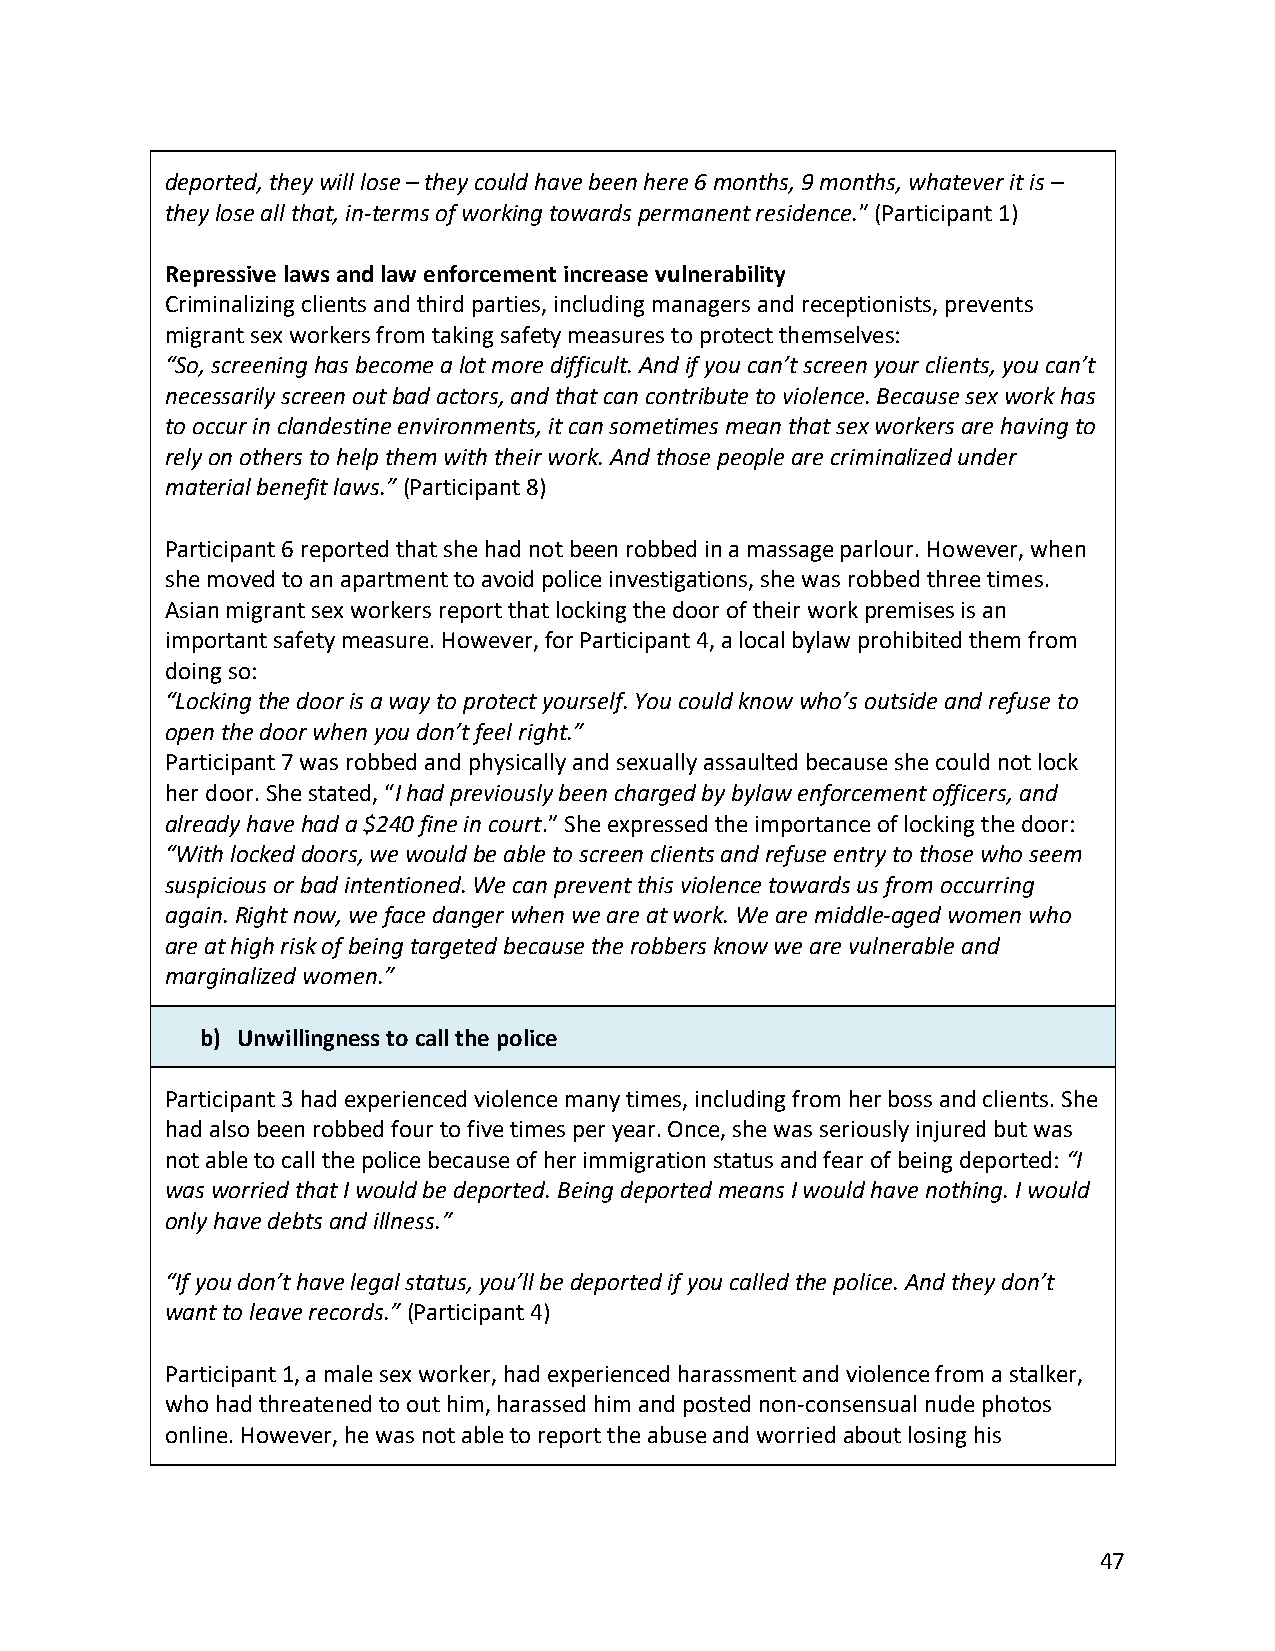
deported, they will lose – they could have been here 6 months, 9 months, whatever it is –
 they lose all that, in-terms of working towards permanent residence.” (Participant 1)
 Repressive laws and law enforcement increase vulnerability
 Criminalizing clients and third parties, including managers and receptionists, prevents
 migrant sex workers from taking safety measures to protect themselves:
 “So, screening has become a lot more difficult. And if you can’t screen your clients, you can’t
 necessarily screen out bad actors, and that can contribute to violence. Because sex work has
 to occur in clandestine environments, it can sometimes mean that sex workers are having to
 rely on others to help them with their work. And those people are criminalized under
 material benefit laws.” (Participant 8)
 Participant 6 reported that she had not been robbed in a massage parlour. However, when
 she moved to an apartment to avoid police investigations, she was robbed three times.
 Asian migrant sex workers report that locking the door of their work premises is an
 important safety measure. However, for Participant 4, a local bylaw prohibited them from
 doing so:
 “Locking the door is a way to protect yourself. You could know who’s outside and refuse to
 open the door when you don’t feel right.”
 Participant 7 was robbed and physically and sexually assaulted because she could not lock
 her door. She stated, “I had previously been charged by bylaw enforcement officers, and
 already have had a $240 fine in court.” She expressed the importance of locking the door:
 “With locked doors, we would be able to screen clients and refuse entry to those who seem
 suspicious or bad intentioned. We can prevent this violence towards us from occurring
 again. Right now, we face danger when we are at work. We are middle-aged women who
 are at high risk of being targeted because the robbers know we are vulnerable and
 marginalized women.”
 b) Unwillingness to call the police
 Participant 3 had experienced violence many times, including from her boss and clients. She
 had also been robbed four to five times per year. Once, she was seriously injured but was
 not able to call the police because of her immigration status and fear of being deported: “I
 was worried that I would be deported. Being deported means I would have nothing. I would
 only have debts and illness.”
 “If you don’t have legal status, you’ll be deported if you called the police. And they don’t
 want to leave records.” (Participant 4)
 Participant 1, a male sex worker, had experienced harassment and violence from a stalker,
 who had threatened to out him, harassed him and posted non-consensual nude photos
 online. However, he was not able to report the abuse and worried about losing his
 47